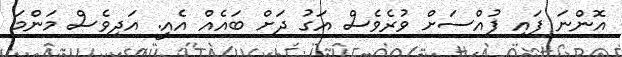
އޮންނަ ފައި ފުއްސަށް ވުރެވެސް އަގު ދަށް ބައެއް އެއީ. އަދިވެސް މަންމަ